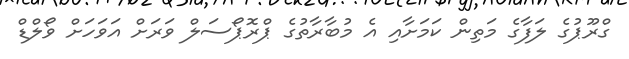
ގްރޫޕުގެ ލަފާގެ މަތިން ކަމަށާއި އެ މުބާރާތުގެ ޕްރޮޕޯސަލް ވަރަށް އަވަހަށް ވޯލްޑް